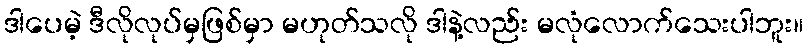
ဒါပေမဲ့ ဒီလိုလုပ်မှဖြစ်မှာ မဟုတ်သလို ဒါနဲ့လည်း မလုံလောက်သေးပါဘူး။